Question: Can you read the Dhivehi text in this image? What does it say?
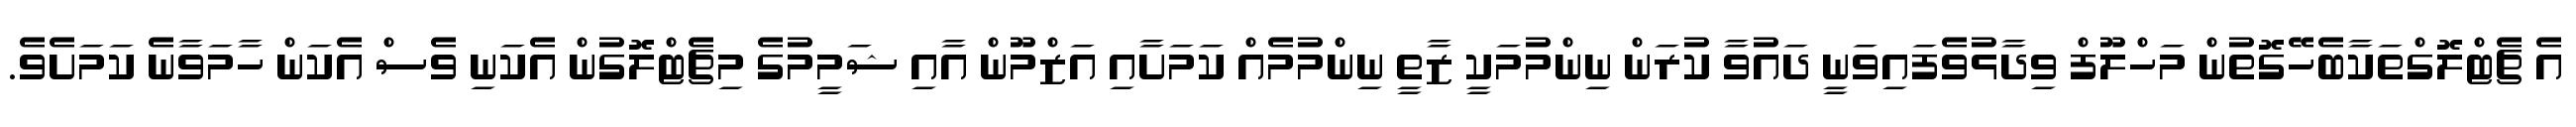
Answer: އެ ޗެޓްލޮގްތަކާބެހޭގޮތުން މަހްލޫފް ވިދާޅުވެފައިވަނީ ދައުވާ ކުރަން ނިންމުމަކީ ޒާތީ ނިންމުމެއް ކަމަށާއި އަޒްމޫން އާއި ޝަމީމުގެ މިޗެޓްލޮގުން އެކަނި ވެސް އެކަން ހާމަވާނެ ކަމަށެވެ.